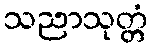
သညာသုတ္တံ